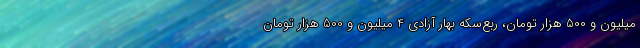
میلیون و 500 هزار تومان، ربع‌سکه بهار آزادی 4 میلیون و 500 هزار تومان